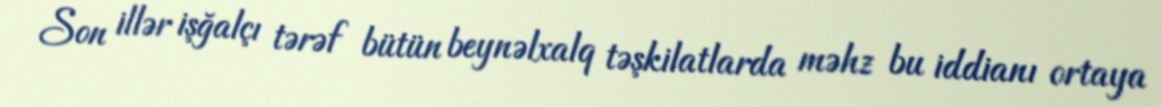
Son illər işğalçı tərəf bütün beynəlxalq təşkilatlarda məhz bu iddianı ortaya